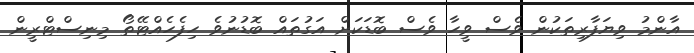
އާންމު ވިޔަފާރިތަކުން ވެސް ވީހާ ވެސް ބޮޑަކަށް އަގުތައް ބޮޑުނުވެ ހިފެހެއްޓޭތޯ މިނިސްޓްރީން